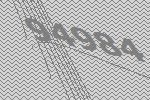
94984